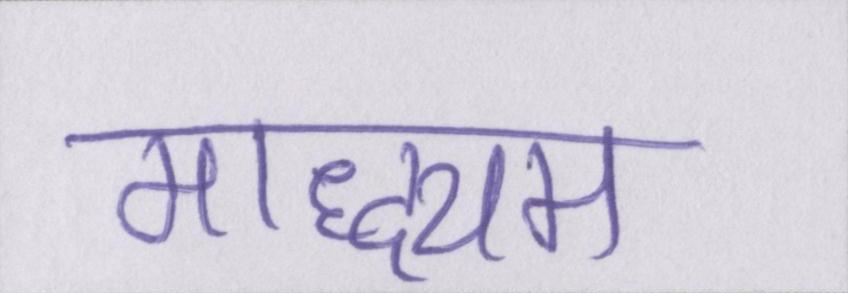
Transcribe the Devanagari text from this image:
माद्ध्यम